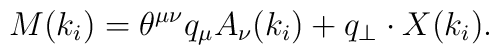
M(k_i) = \theta^{\mu \nu} q_{\mu} A_{\nu}(k_i) + q_{\perp} \cdot X (k_i).